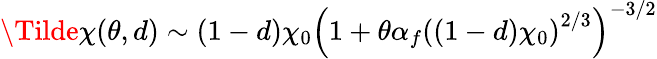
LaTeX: \Tilde{\chi}(\theta,d)\sim(1-d)\chi_{0}\left(1+\theta\alpha_{f}\left((1-d)\chi_{0}\right)^{2/3}\right)^{-3/2}